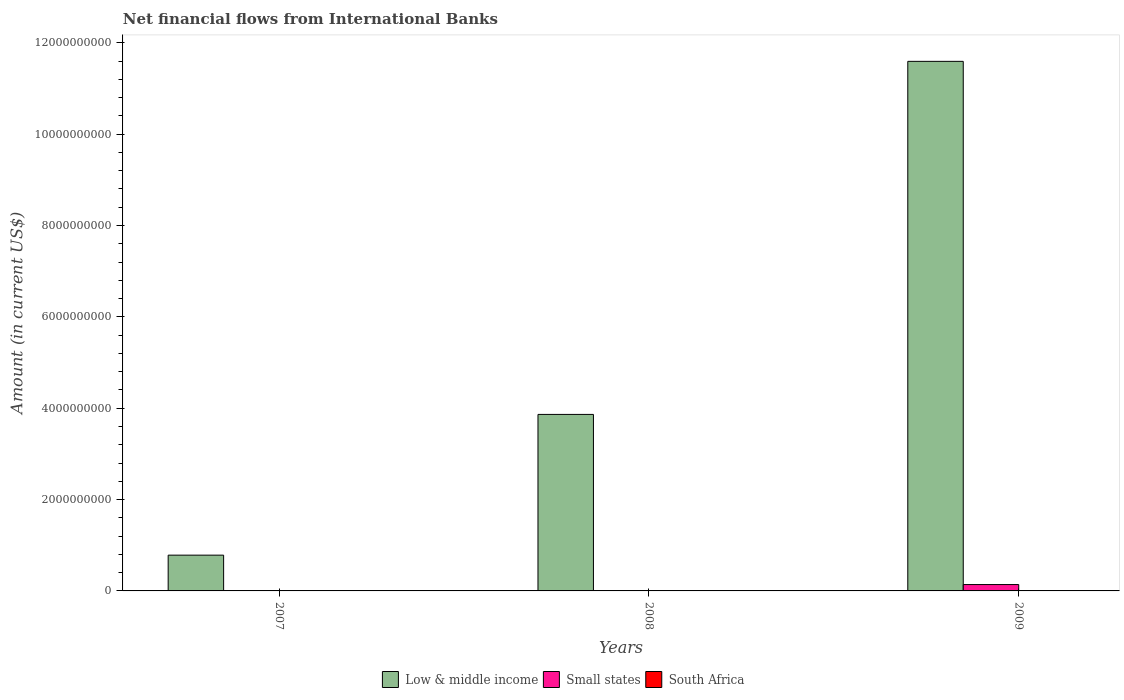
| Years | Low & middle income | Small states | South Africa |
 | --- | --- | --- | --- |
 | 2007 | 7.83e+08 | -1.24e+08 | -2.51e+06 |
 | 2008 | 3.86e+09 | -4.03e+07 | -3.33e+05 |
 | 2009 | 1.16e+10 | 1.39e+08 | -5.5e+06 |